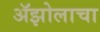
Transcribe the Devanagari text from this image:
ॲझोलाचा